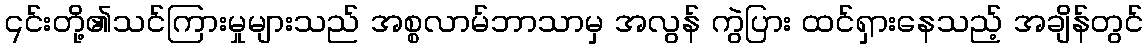
၎င်းတို့၏သင်ကြားမှုများသည် အစ္စလာမ်ဘာသာမှ အလွန် ကွဲပြား ထင်ရှားနေသည့် အချိန်တွင်